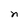
Character: n